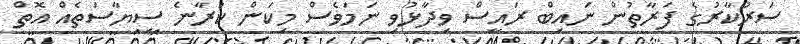
ސަރުކާރުގެ ފަރާތުން ނައިބް ރައީސް ވިދާޅުވި ނަމަވެސް މިކަން ކުރާނެ ސިޔާސަތެއް އޮތް